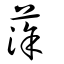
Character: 蒤